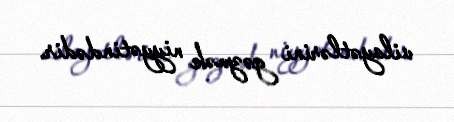
vilayətlərini gəzmək niyyətindədir.